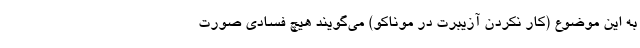
به این موضوع (کار نکردن آزیبرت در موناکو) می‌گویند هیچ فسادی صورت